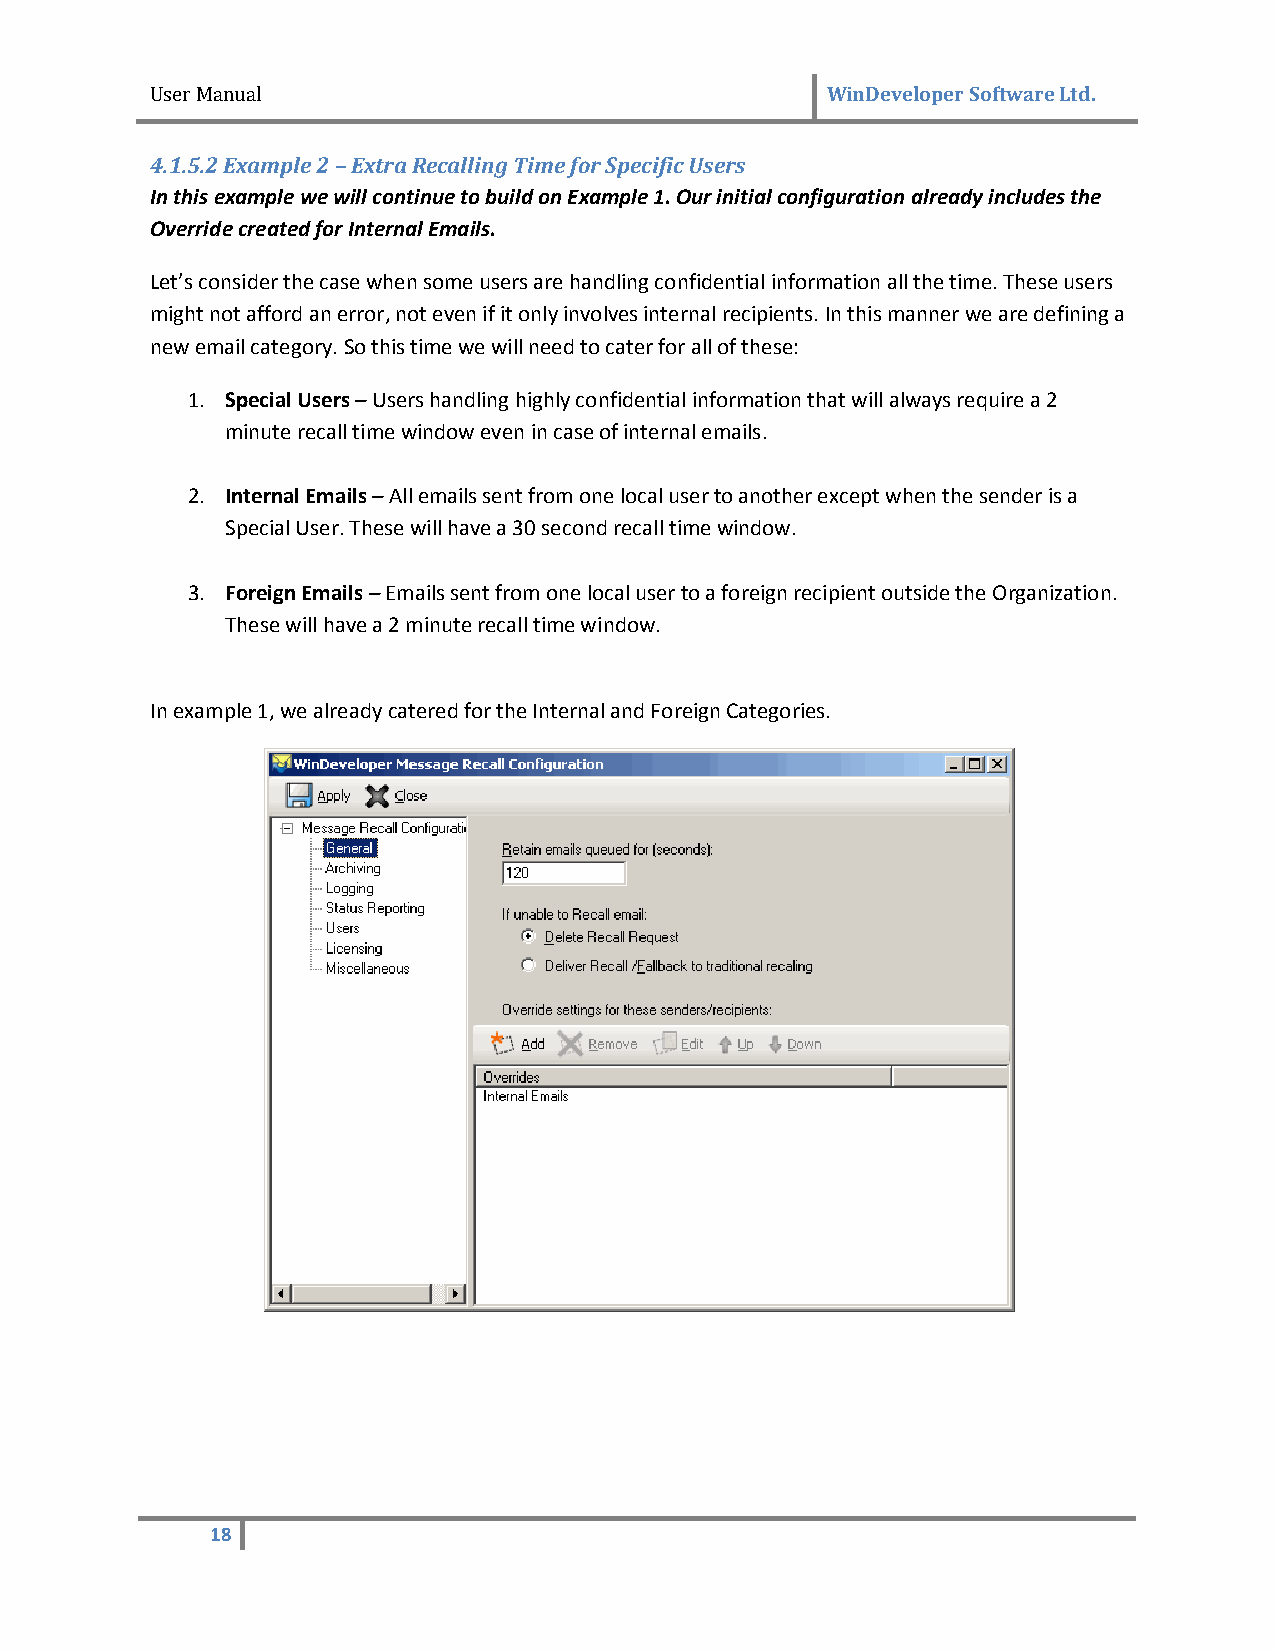
User Manual                                  WinDeveloper Software Ltd.
 4.1.5.2 Example 2 – Extra Recalling Time for Specific Users
 In this example we will continue to build on Example 1. Our initial configuration already includes the
 Override created for Internal Emails.
 Let’s consider the case when some users are handling confidential information all the time. These users
 might not afford an error, not even if it only involves internal recipients. In this manner we are defining a
 new email category. So this time we will need to cater for all of these:
 1. Special Users – Users handling highly confidential information that will always require a 2
 minute recall time window even in case of internal emails.
 2. Internal Emails – All emails sent from one local user to another except when the sender is a
 Special User. These will have a 30 second recall time window.
 3. Foreign Emails – Emails sent from one local user to a foreign recipient outside the Organization.
 These will have a 2 minute recall time window.
 In example 1, we already catered for the Internal and Foreign Categories.
 18